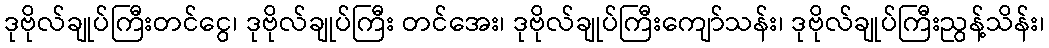
ဒုဗိုလ်ချုပ်ကြီးတင်ငွေ၊ ဒုဗိုလ်ချုပ်ကြီး တင်အေး၊ ဒုဗိုလ်ချုပ်ကြီးကျော်သန်း၊ ဒုဗိုလ်ချုပ်ကြီးညွန့်သိန်း၊